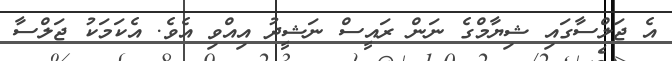
އެ ޖަލްސާގައި ޝިޔާމްގެ ނަން ރައީސް ނަޝީދު އިއްވި އެވެ. އެކަމަކު ޖަލްސާ